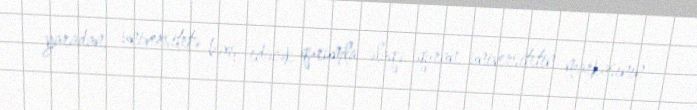
yaradan, universitetə bəxş edəcək qurumla əlaqə quran, universitetin markasının